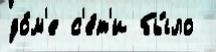
до́м'е с'е́т'и бы́ло